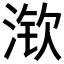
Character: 𱧚